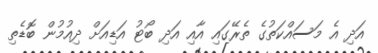
އަދި އެ މަސައްކަތުގެ ތެރޭގައި އާއި އަދި ބޯޓު އަޑިއަށް ދިއުމުން ބޮޑެތި